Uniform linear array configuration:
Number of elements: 24
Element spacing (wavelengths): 0.75
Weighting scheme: exponential
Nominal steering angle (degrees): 60
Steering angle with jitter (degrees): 61.344
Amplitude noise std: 0.05
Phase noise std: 0.05

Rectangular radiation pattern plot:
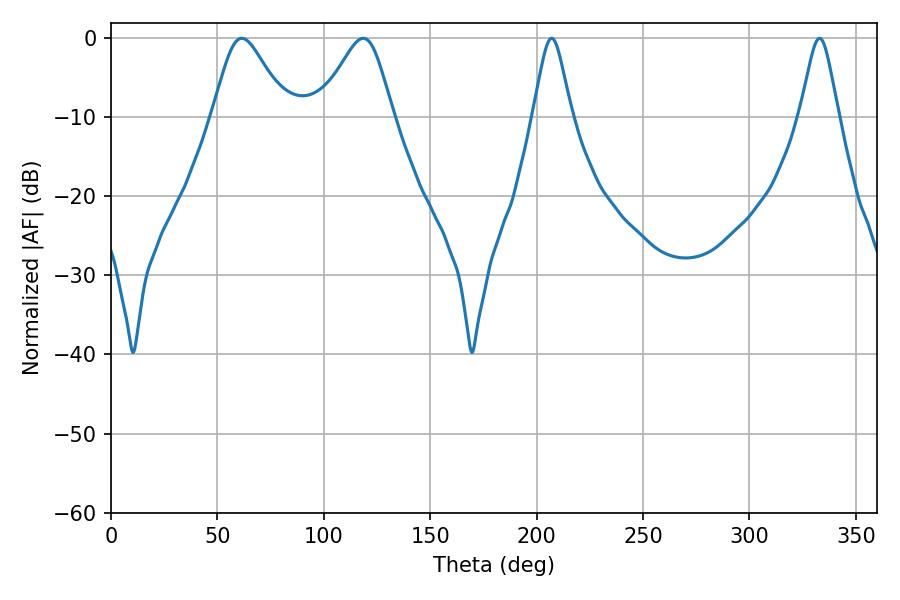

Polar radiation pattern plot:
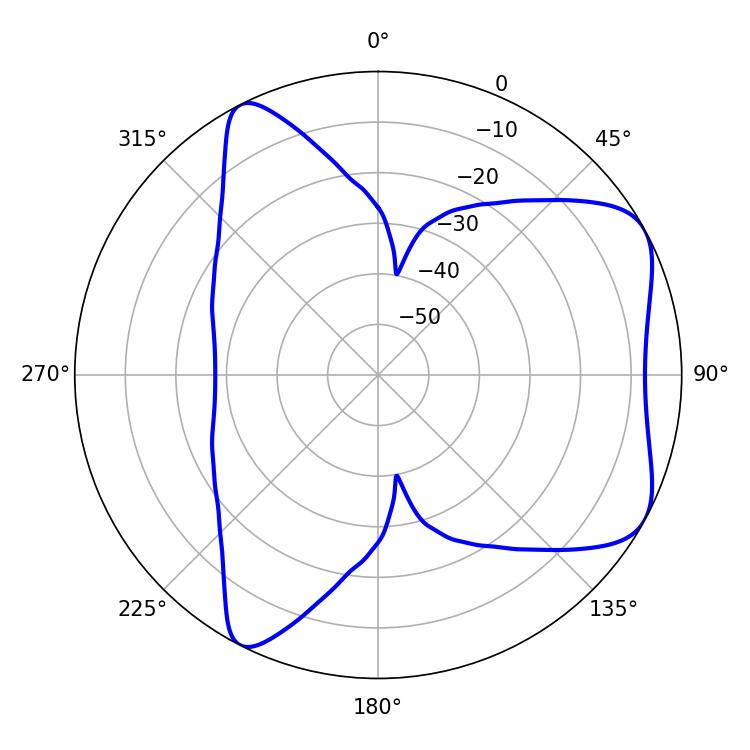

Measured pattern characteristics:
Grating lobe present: TRUE
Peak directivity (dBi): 6.146
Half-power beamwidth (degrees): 17.1
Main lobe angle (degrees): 61.38